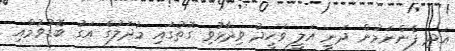
އަދި ފެންނަމުން ދަނީ އަލީ ވަހީދު ވިދާޅުވި ގޮތުގައި މުދަލުގެ އަގު ބޮޑުވުމާއި